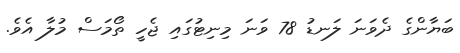
ބަޔާންގެ ދެވަނަ ލަނޑު 78 ވަނަ މިނިޓުގައި ޖެހީ ތޯމަސް މުލާ އެވެ.